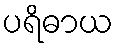
ပရိဓာယ